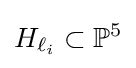
H_{\ell _{i}}\subset \mathbb {P} ^{5}